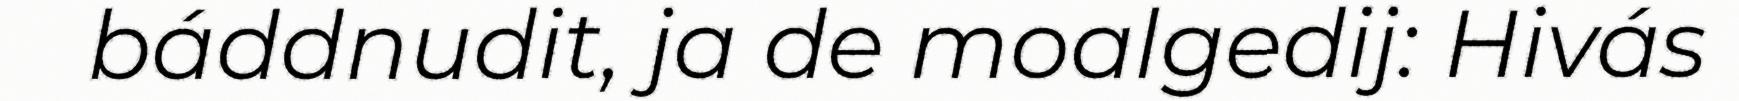
báddnudit, ja de moalgedij: Hivás